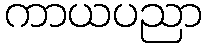
ကာယပညာ